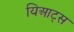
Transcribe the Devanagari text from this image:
यिआट्स